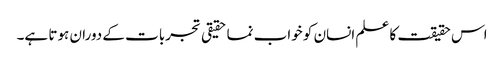
اس حقیقت کا علم انسان کو خواب نما حقیقی تجربات کے دوران ہوتا ہے۔